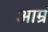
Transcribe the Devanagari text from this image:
आम्रं